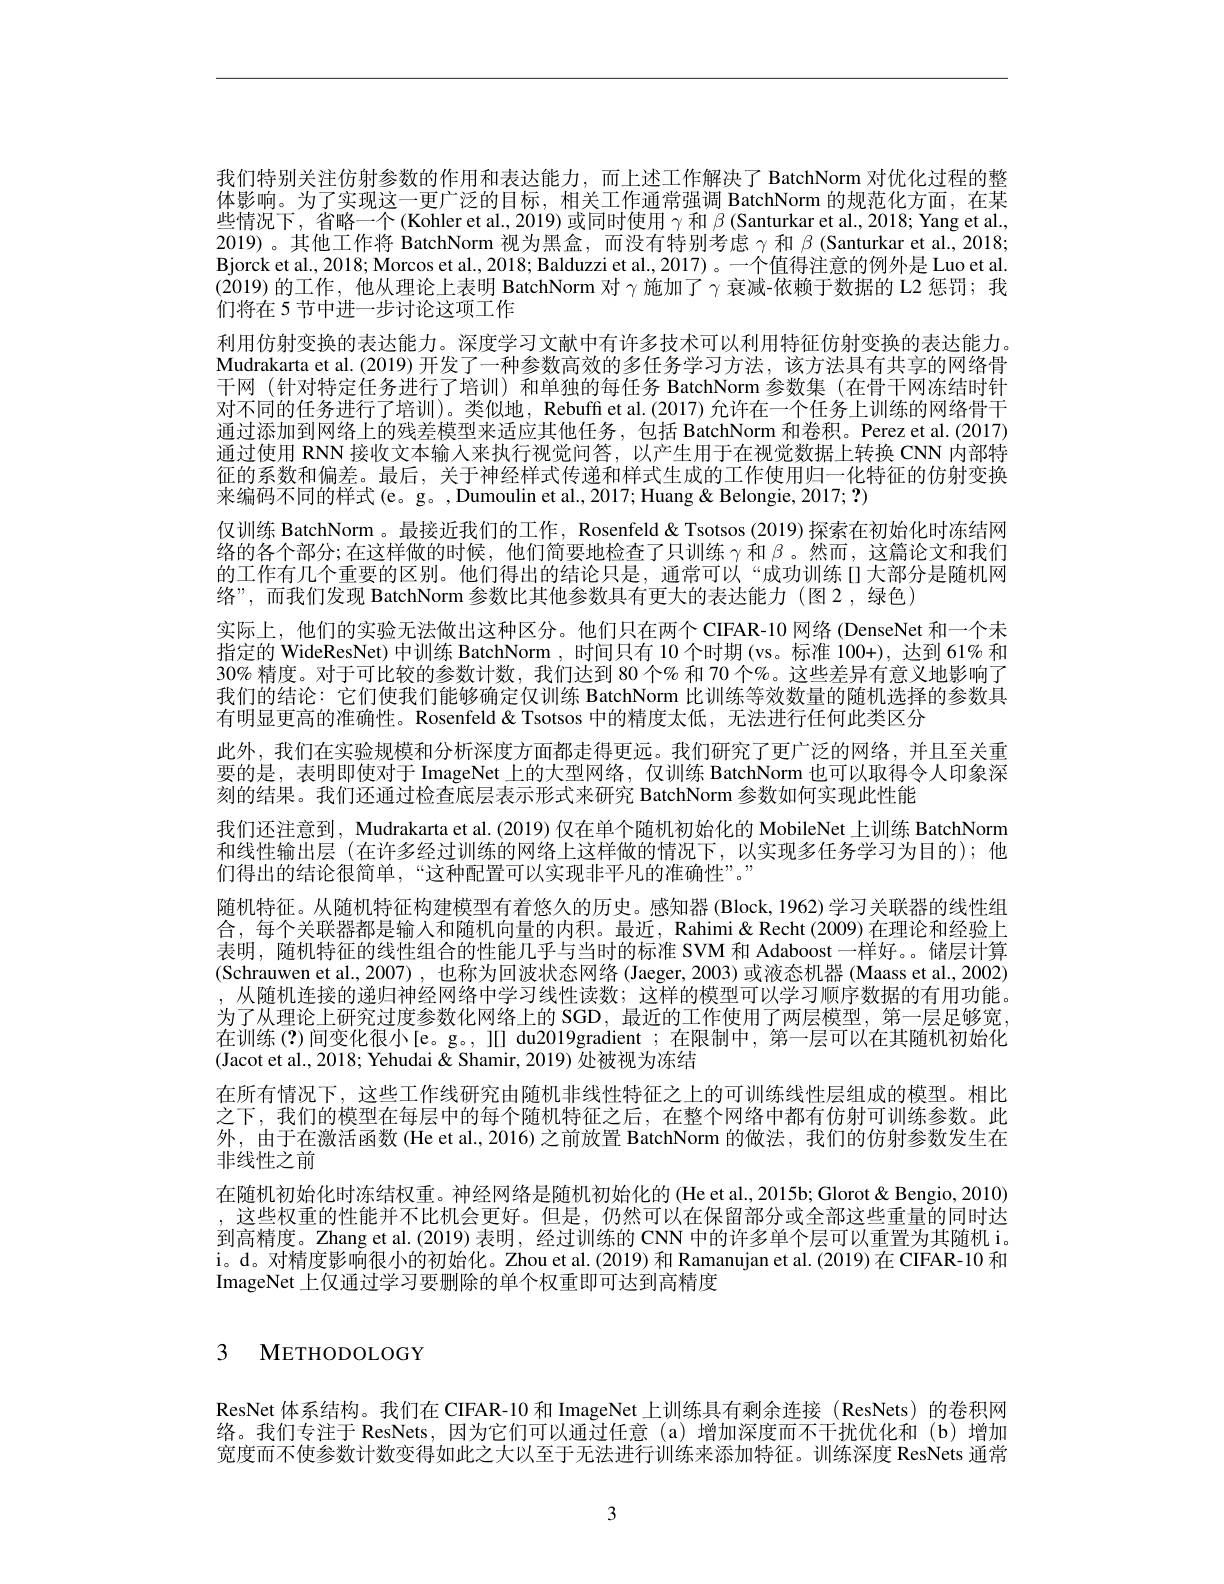
我们特别关注仿射参数的作用和表达能力，而上述工作解决了 BatchNorm 对优化过程的整体影响。为了实现这一更广泛的目标，相关工作通常强调 BatchNorm 的规范化方面，在某些情况下，省略一个(Kohler et al., 2019) 或同时使用$\gamma$和$\beta$ (Santurkar et al., 2018; Yang et al., 2019)。其他工作将 BatchNorm 视为黑盒，而没有特别考虑$\gamma$和$\beta$ (Santurkar et al., 2018; Bjorck et al., 2018; Morcos et al., 2018; Balduzzi et al., 2017)。一个值得注意的例外是 Luo et al. (2019)的工作，他从理论上表明 BatchNorm 对$\gamma$施加了$\gamma$衰减-依赖于数据的 L2 惩罚；我们将在 5 节中进一步讨论这项工作
利用仿射变换的表达能力。深度学习文献中有许多技术可以利用特征仿射变换的表达能力。Mudrakarta et al. (2019) 开发了一种参数高效的多任务学习方法，该方法具有共享的网络骨干网 (针对特定任务进行了培训) 和单独的每任务 BatchNorm 参数集 (在骨干网冻结时针对不同的任务进行了培训)。类似地，Rebuff et al.(2017) 允许在一个任务上训练的网络骨干通过添加到网络上的残差模型来适应其他任务，包括 BatchNorm 和卷积。Perez et al.(2017) 通过使用 RNN 接收文本输人来执行视觉问答，以产生用于在视觉数据上转换 CNN 内部特征的系数和偏差。最后，关于神经样式传递和样式生成的工作使用归一化特征的仿射变换来编码不同的样式(e。g。,Dumoulin et al., 2017; Huang& Belongie, 2017; ?)
仅训练 BatchNorm。最接近我们的工作，Rosenfeld & Tsotsos (2019) 探索在初始化时冻结网络的各个部分；在这样做的时候，他们简要地检查了只训练$\gamma$和$\beta$。然而，这篇论文和我们的工作有几个重要的区别。他们得出的结论只是，通常可以“成功训练 II大部分是随机网络”,而我们发现 BatchNorm 参数比其他参数具有更大的表达能力 (图 2,绿色)
实际上，他们的实验无法做出这种区分。他们只在两个 CIFAR-10 网络 (DenseNet 和一个未指定的 WideResNet) 中训练 BatchNorm , 时间只有 10 个时期 (vs。标准 100+), 达到 61% 和30% 精度。对于可比较的参数计数，我们达到 80 个% 和 70 个% 。这些差异有意义地影响了我们的结论：它们使我们能够确定仅训练 BatchNorm 比训练等效数量的随机选择的参数具有明显更高的准确性。Rosenfeld& Tsotsos 中的精度太低，无法进行任何此类区分
此外，我们在实验规模和分析深度方面都走得更远。我们研究了更广泛的网络，并且至关重要的是，表明即使对于 ImageNet 上的大型网络，仅训练 BatchNorm 也可以取得令人印象深刻的结果。我们还通过检查底层表示形式来研究 BatchNorm 参数如何实现此性能
我们还注意到，Mudrakarta et al.(2019) 仅在单个随机初始化的 MobileNet 上训练 BatchNorm 和线性输出层(在许多经过训练的网络上这样做的情况下，以实现多任务学习为目的);他们得出的结论很简单，“这种配置可以实现非平凡的准确性”。”
随机特征。从随机特征构建模型有着悠久的历史。感知器 (Block, 1962)学习关联器的线性组合，每个关联器都是输入和随机向量的内积。最近，Rahimi&Recht(2009)在理论和经验上表明，随机特征的线性组合的性能几乎与当时的标准 SVM 和 Adaboost 一样好。储层计算(Schrauwen et al.,2007) ,也称为回波状态网络 (Jaeger, 2003) 或液态机器 (Maass et al., 2002) ,从随机连接的递归神经网络中学习线性读数；这样的模型可以学习顺序数据的有用功能。为了从理论上研究过度参数化网络上的 SGD,最近的工作使用了两层模型，第一层足够宽. 在训练(?)间变化很小[e。g。, II] du2019gradient ;在限制中，第一层可以在其随机初始化(Jacot et al., 2018; Yehudai & Shamir, 2019) 处被视为冻结
在所有情况下，这些工作线研究由随机非线性特征之上的可训练线性层组成的模型。相比之下，我们的模型在每层中的每个随机特征之后，在整个网络中都有仿射可训练参数。此外，由于在激活函数(He et al., 2016)之前放置 BatchNorm 的做法，我们的仿射参数发生在非线性之前
在随机初始化时冻结权重。神经网络是随机初始化的 (He et al., 2015b; Glorot & Bengio, 2010) ,这些权重的性能并不比机会更好。但是，仍然可以在保留部分或全部这些重量的同时达到高精度。Zhang et al.(2019)表明，经过训练的 CNN 中的许多单个层可以重置为其随机 i。i。d。对精度影响很小的初始化。Zhou et al.(2019) 和 Ramanujan et al.(2019)在 CIFAR-10 和ImageNet 上仅通过学习要删除的单个权重即可达到高精度

3 METHODOLOGY

ResNet 体系结构。我们在 CIFAR-10 和 ImageNet 上训练具有剩余连接 (ResNets) 的卷积网络。我们专注于 ResNets,因为它们可以通过任意(a)增加深度而不干扰优化和(b)增加宽度而不使参数计数变得如此之大以至于无法进行训练来添加特征。训练深度 ResNets 通常

3